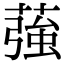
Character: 蔃